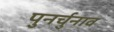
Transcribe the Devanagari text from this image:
पुनर्चुनाव